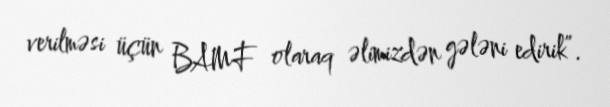
verilməsi üçün BAMF olaraq əlimizdən gələni edirik”.